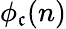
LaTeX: \phi_{\mathfrak{c}}(n)